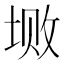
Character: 𱖼